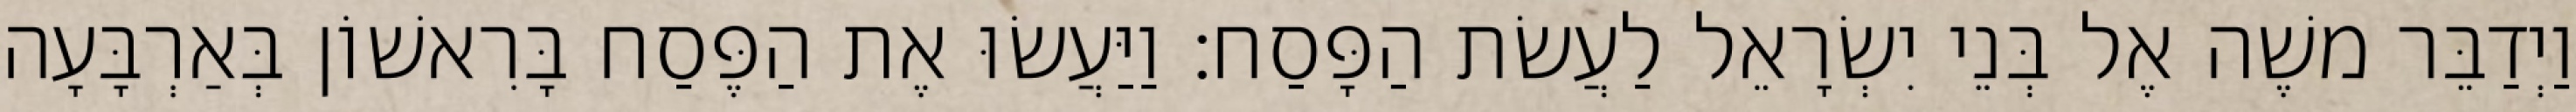
וַיְדַבֵּר משֶׁה אֶל בְּנֵי יִשְׂרָאֵל לַעֲשׂת הַפָּסַח׃ וַיַּעֲשׂוּ אֶת הַפֶּסַח בָּרִאשׁוֹן בְּאַרְבָּעָה